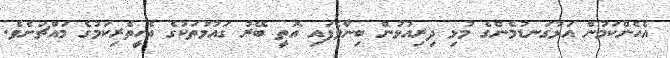
އެހެންކަމުން އަޅުގަނޑުމެންގެ މުޅި ދިިރިއުޅުން ބިނާވެފައި އޮތީ ބޭރު ގައުމުތަކުގެ އެހީތެރިކަމުގެ މައްޗަށެވެ.